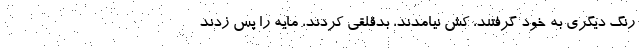
رنگ ديگري به خود گرفتند، كش نيامدند، بدقلقي كردند، مايه را پس زدند